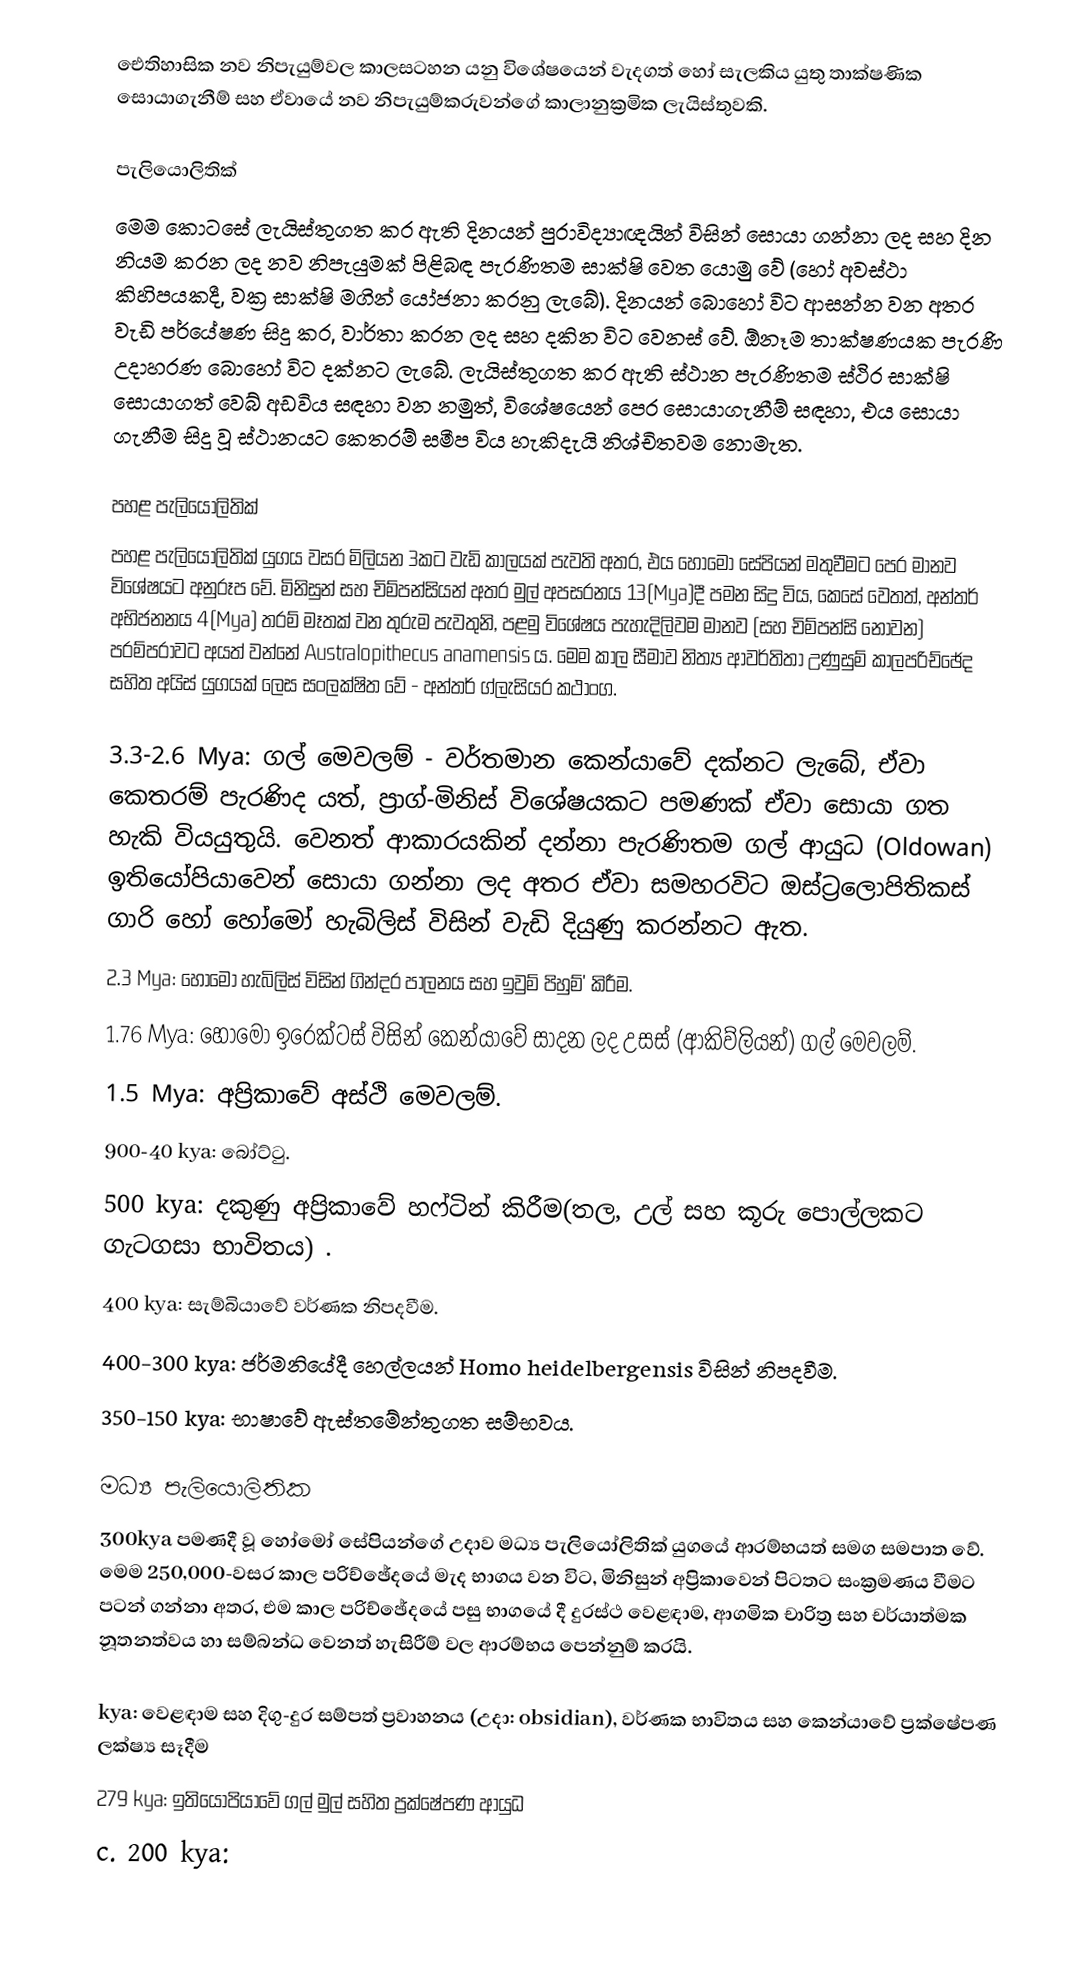
ඓතිහාසික නව නිපැයුම්වල කාලසටහන යනු විශේෂයෙන් වැදගත් හෝ සැලකිය යුතු තාක්ෂණික සොයාගැනීම් සහ ඒවායේ නව නිපැයුම්කරුවන්ගේ කාලානුක්‍රමික ලැයිස්තුවකි.

පැලියොලිතික්
 මෙම කොටසේ ලැයිස්තුගත කර ඇති දිනයන් පුරාවිද්‍යාඥයින් විසින් සොයා ගන්නා ලද සහ දින නියම කරන ලද නව නිපැයුමක් පිළිබඳ පැරණිතම සාක්ෂි වෙත යොමු වේ (හෝ අවස්ථා කිහිපයකදී, වක්‍ර සාක්ෂි මගින් යෝජනා කරනු ලැබේ). දිනයන් බොහෝ විට ආසන්න වන අතර වැඩි පර්යේෂණ සිදු කර, වාර්තා කරන ලද සහ දකින විට වෙනස් වේ. ඕනෑම තාක්ෂණයක පැරණි උදාහරණ බොහෝ විට දක්නට ලැබේ. ලැයිස්තුගත කර ඇති ස්ථාන පැරණිතම ස්ථිර සාක්ෂි සොයාගත් වෙබ් අඩවිය සඳහා වන නමුත්, විශේෂයෙන් පෙර සොයාගැනීම් සඳහා, එය සොයා ගැනීම සිදු වූ ස්ථානයට කෙතරම් සමීප විය හැකිදැයි නිශ්චිතවම නොමැත.

පහළ පැලියොලිතික්
පහළ පැලියොලිතික් යුගය වසර මිලියන 3කට වැඩි කාලයක් පැවති අතර, එය හෝමෝ සේපියන් මතුවීමට පෙර මානව විශේෂයට අනුරූප වේ. මිනිසුන් සහ චිම්පන්සියන් අතර මුල් අපසරනය 13(Mya)දී පමන සිදු විය, කෙසේ වෙතත්, අන්තර් අභිජනනය 4(Mya) තරම් මෑතක් වන තුරුම පැවතුනි, පළමු විශේෂය පැහැදිලිවම මානව (සහ චිම්පන්සි නොවන) පරම්පරාවට අයත් වන්නේ Australopithecus anamensis ය. මෙම කාල සීමාව නිත්‍ය ආවර්තිතා උණුසුම් කාලපරිච්ඡේද සහිත අයිස් යුගයක් ලෙස සංලක්ෂිත වේ - අන්තර් ග්ලැසියර කථාංග.

 3.3-2.6 Mya: ගල් මෙවලම් - වර්තමාන කෙන්යාවේ දක්නට ලැබේ, ඒවා කෙතරම් පැරණිද යත්, ප්‍රාග්-මිනිස් විශේෂයකට පමණක් ඒවා සොයා ගත හැකි වියයුතුයි. වෙනත් ආකාරයකින් දන්නා පැරණිතම ගල් ආයුධ (Oldowan) ඉතියෝපියාවෙන් සොයා ගන්නා ලද අතර ඒවා සමහරවිට ඔස්ට්‍රලොපිතිකස් ගාරි හෝ හෝමෝ හැබිලිස් විසින් වැඩි දියුණු කරන්නට ඇත.
 2.3 Mya: හෝමෝ හැබිලිස් විසින් ගින්දර පාලනය සහ ඉවුම් පිහුම්' කිරීම.
 1.76 Mya: හෝමෝ ඉරෙක්ටස් විසින් කෙන්යාවේ සාදන ලද උසස් (ආකිව්ලියන්) ගල් මෙවලම්.
 1.5 Mya: අප්‍රිකාවේ අස්ථි මෙවලම්.
 900-40 kya: බෝට්ටු.
 500 kya: දකුණු අප්‍රිකාවේ හෆ්ටින් කිරීම(තල, උල් සහ කූරු පොල්ලකට ගැටගසා භාවිතය) .
 400 kya: සැම්බියාවේ වර්ණක නිපදවීම.
 400-300 kya: ජර්මනියේදී හෙල්ලයන් Homo heidelbergensis විසින් නිපදවීම.
 350-150 kya: භාෂාවේ ඇස්තමේන්තුගත සම්භවය.

මධ්‍ය පැලියොලිතික
300kya පමණදී වූ හෝමෝ සේපියන්ගේ උදාව මධ්‍ය පැලියෝලිතික් යුගයේ ආරම්භයත් සමග සමපාත වේ. මෙම 250,000-වසර කාල පරිච්ඡේදයේ මැද භාගය වන විට, මිනිසුන් අප්‍රිකාවෙන් පිටතට සංක්‍රමණය වීමට පටන් ගන්නා අතර, එම කාල පරිච්ඡේදයේ පසු භාගයේ දී දුරස්ථ වෙළඳාම, ආගමික චාරිත්‍ර සහ චර්යාත්මක නූතනත්වය හා සම්බන්ධ වෙනත් හැසිරීම් වල ආරම්භය පෙන්නුම් කරයි.

  kya: වෙළඳාම සහ දිගු-දුර සම්පත් ප්‍රවාහනය (උදා: obsidian), වර්ණක භාවිතය සහ කෙන්යාවේ ප්‍රක්ෂේපණ ලක්ෂ්‍ය සෑදීම
 279 kya: ඉතියෝපියාවේ ගල් මුල් සහිත ප්‍රක්ෂේපණ ආයුධ
 c. 200 kya: